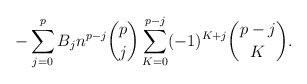
\begin{align*}-\sum_{j=0}^{p} B_j n^{p-j}\binom{p}{j} \sum_{K=0}^{p-j} (-1)^{K+j} \binom{p-j}{K}.\end{align*}